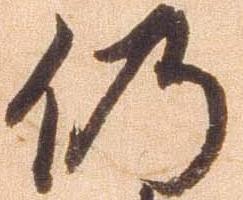
仍